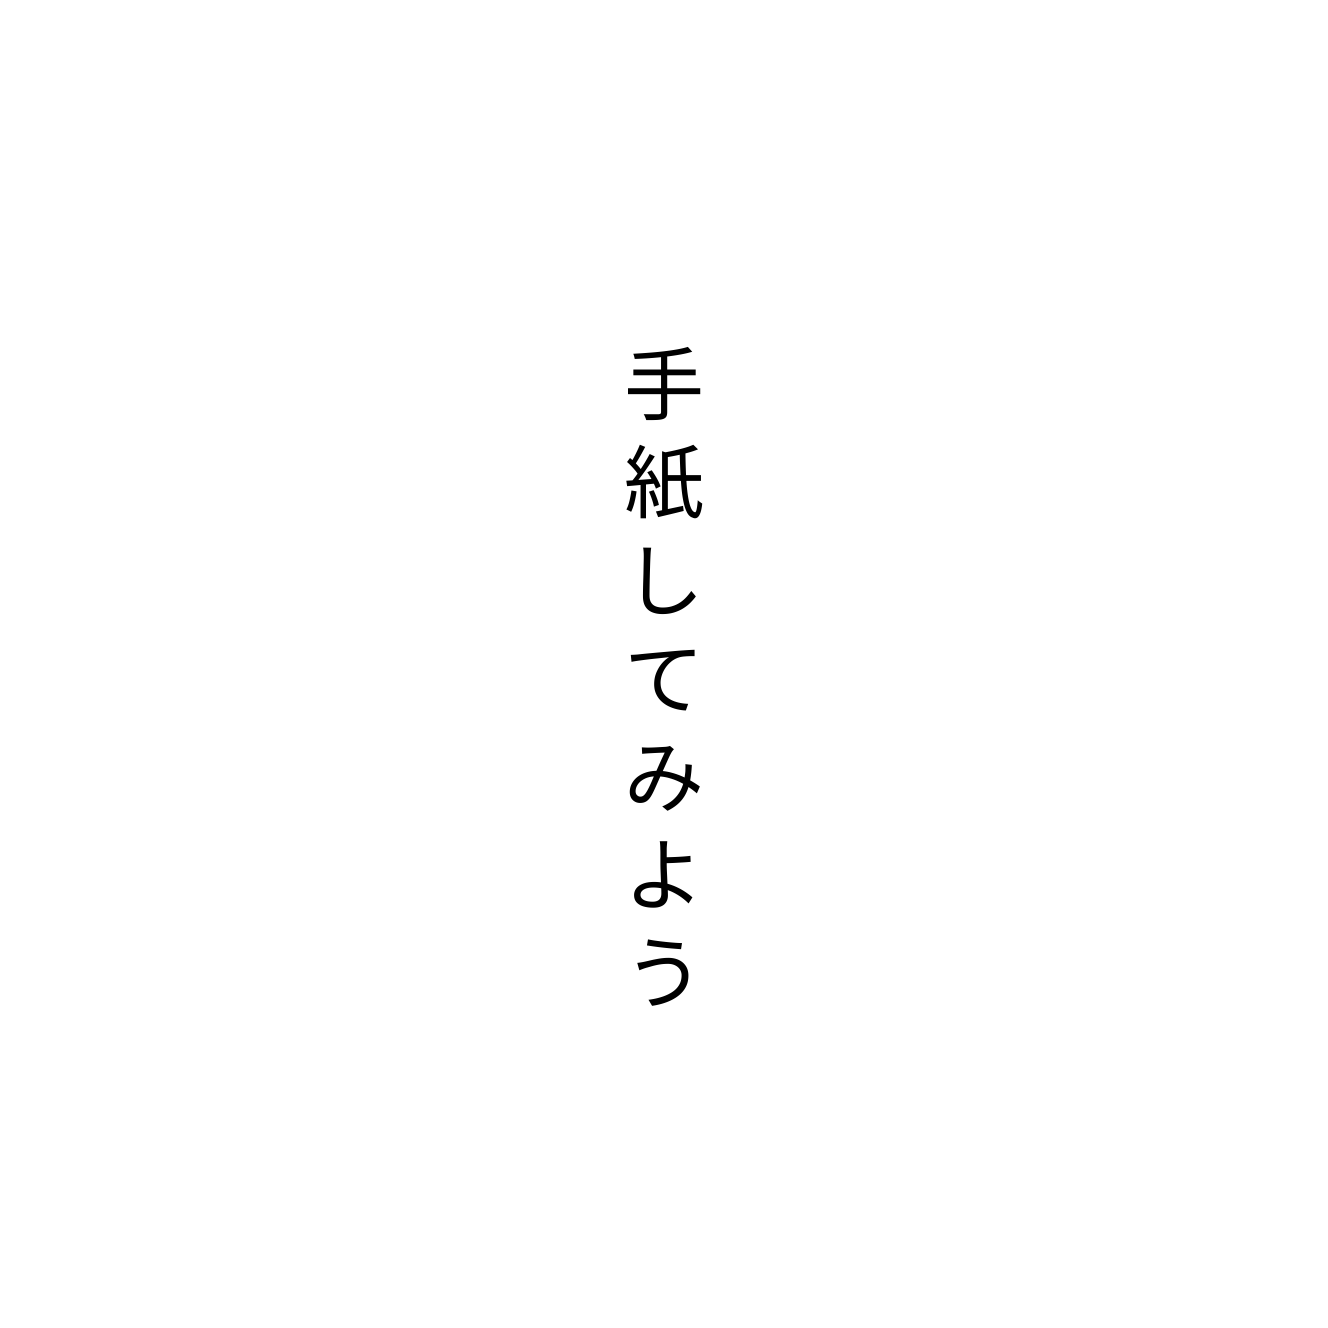
手紙してみよう